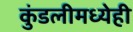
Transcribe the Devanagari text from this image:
कुंडलीमध्येही